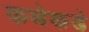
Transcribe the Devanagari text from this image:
कथेकडे